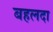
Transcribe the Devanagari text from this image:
बहलदा